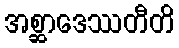
အစ္ဆာဒေဿတီတိ